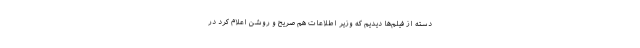
دسته از فیلم‌ها دیدیم که وزیر اطلاعات هم صریح و روشن اعلام کرد در